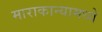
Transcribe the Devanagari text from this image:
माराकान्यामध्ये